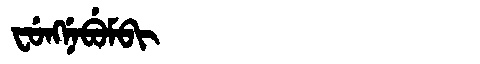
Manchu: ᠸᡠᠩᠨᡝᠪᡠᠮᠪᡳ
Romanization: FUNGNEBUMBI